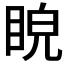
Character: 𥆒